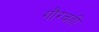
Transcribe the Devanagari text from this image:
गौरवही